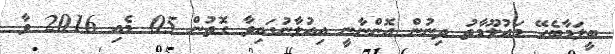
ބީލަމާބެހޭ މައުލޫމާތު ދިނުން އޮންނާނީ އިއުލާނުގައިވާ ގޮތުން 05 މެއި 2016 ވާ